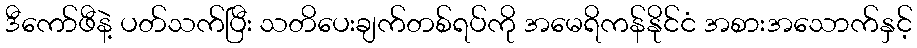
ဒီကော်ဖီနဲ့ ပတ်သက်ပြီး သတိပေးချက်တစ်ရပ်ကို အမေရိကန်နိုင်ငံ အစားအသောက်နှင့်